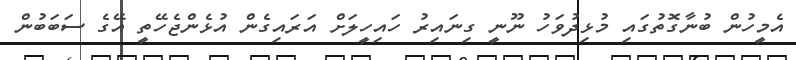
އެމީހުން ބުނާގޮތުގައި މުޅިދުވަހު ނޫނީ ގިނައިރު ހައިހީލަށް އަރައިގެން އުޅެންޖެހޭތީ އޭގެ ސަބަބުން